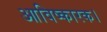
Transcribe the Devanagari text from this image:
आविष्कारक।